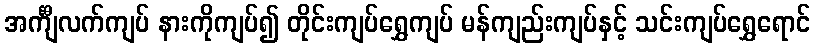
အင်္ကျီလက်ကျပ် နားကိုကျပ်၍ တိုင်းကျပ်ရွှေကျပ် မန်ကျည်းကျပ်နှင့် သင်းကျပ်ရွှေရောင်